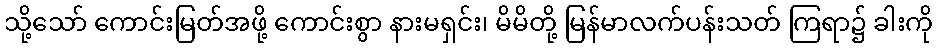
သို့သော် ကောင်းမြတ်အဖို့ ကောင်းစွာ နားမရှင်း၊ မိမိတို့ မြန်မာလက်ပန်းသတ် ကြရာ၌ ခါးကို